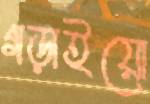
গড়াইয়ো